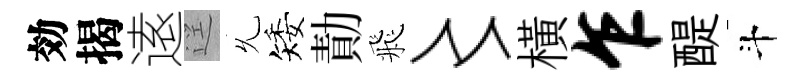
効揭逺逕𠃔矮勣飛〻横乍醍斗